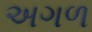
અગળ